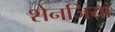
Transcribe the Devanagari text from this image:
शेनजियां